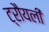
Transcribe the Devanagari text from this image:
ट्रौयली